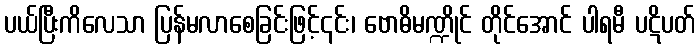
ပယ်ပြီးကိလေသာ ပြန်မလာစေခြင်းဖြင့်၎င်း၊ ဗောဓိမဏ္ဍိုင် တိုင်အောင် ပါရမီ ပဋိပတ်